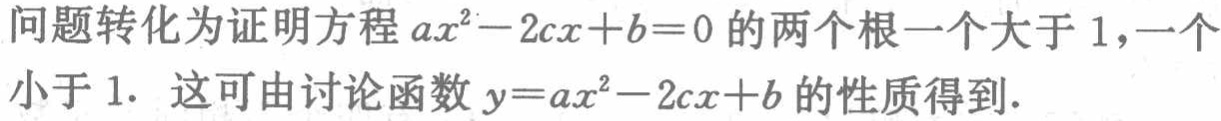
问题转化为证明方程\(ax^{2}-2cx + b = 0\)的两个根一个大于 \(1\)，一个小于 \(1\). 这可由讨论函数\(y = ax^{2}-2cx + b\)的性质得到.